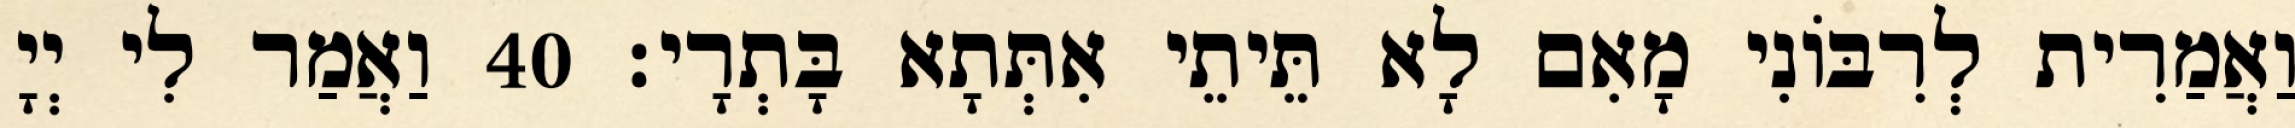
וַאֲמַרִית לְרִבּוֹנִי מָאִם לָא תֵּיתֵי אִתְּתָא בָּתְרָי׃ 40 וַאֲמַר לִי יְיָ